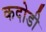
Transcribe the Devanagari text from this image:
कदोडी